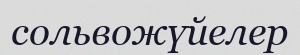
сольвожүйелер